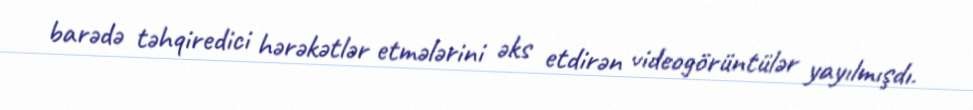
barədə təhqiredici hərəkətlər etmələrini əks etdirən videogörüntülər yayılmışdı.